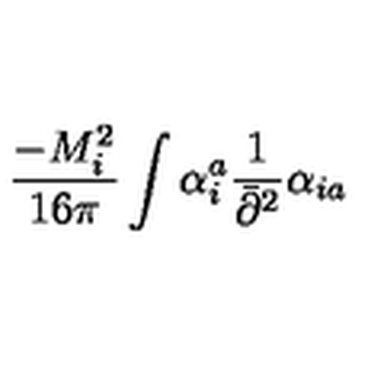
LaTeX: \frac { - M _ { i } ^ { 2 } } { 1 6 \pi } \int \alpha _ { i } ^ { a } \frac { 1 } { \bar { \partial } ^ { 2 } } \alpha _ { i a }